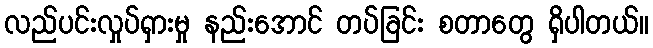
လည်ပင်းလှုပ်ရှားမှု နည်းအောင် တပ်ခြင်း စတာတွေ ရှိပါတယ်။